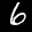
Label: 6